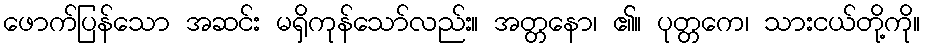
ဖောက်ပြန်သော အဆင်း မရှိကုန်သော်လည်း။ အတ္တနော၊ ၏။ ပုတ္တကေ၊ သားငယ်တို့ကို။